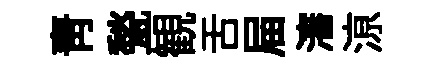
靑甃観舌屇瀋鿌